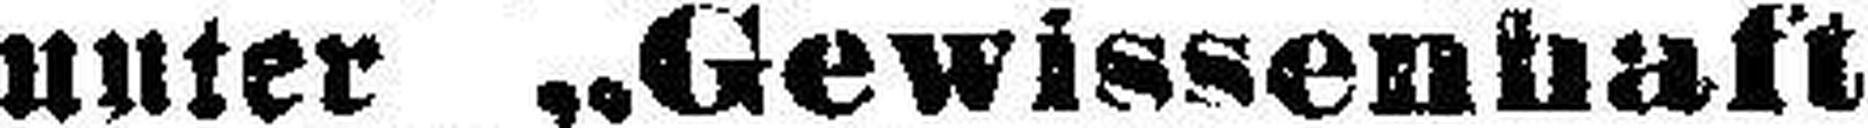
unter „Gewissenhaft